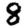
Digit: 8